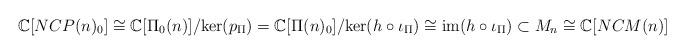
LaTeX: \begin{align*}\mathbb{C}[NCP(n)_0] \cong \mathbb{C}[\Pi_0(n)]/ \mathrm{ker}(p_\Pi) = \mathbb{C}[\Pi(n)_0]/\mathrm{ker}(h\circ \iota_\Pi) \cong \mathrm{im}(h\circ \iota_\Pi) \subset M_n \cong \mathbb{C}[NCM(n)] \end{align*}